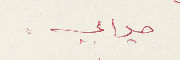
جوابي.